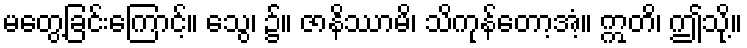
မတွေ့ခြင်းကြောင့်။ သွေ၊ ၌။ ဇာနိဿာမိ၊ သိကုန်တော့အံ့။ ဣတိ၊ ဤသို့။